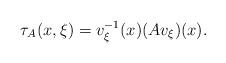
LaTeX: \begin{align*}\tau_{A}(x,\xi)=v_{\xi}^{-1}(x)(Av_{\xi})(x).\end{align*}